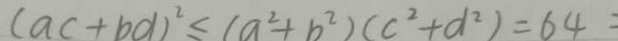
( a c + b d ) ^ { 2 } \leq ( a ^ { 2 } + b ^ { 2 } ) ( c ^ { 2 } + d ^ { 2 } ) = 6 4